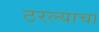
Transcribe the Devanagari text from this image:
ठरल्याचा